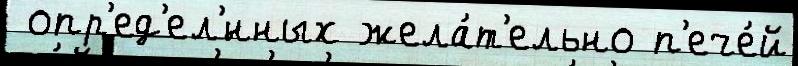
 опр'ед'ел'́нных жела́т'ельно п'ече́й